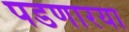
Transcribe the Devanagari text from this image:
पडणारया